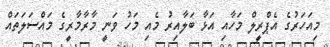
މިއަހަރުގެ އެޕްރީލް މަހާއި އަޅާ ބަލާއިރު މެއި މަހު ވަނީ މާރާމާރީގެ މައްސަލަތައް